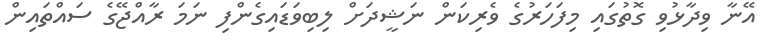
އޭނާ ވިދާޅުވި ގޮތުގައި މިފަހަރުގެ ވެރިކަން ނަޝީދަށް ލިބިވަޑައިގެންފި ނަމަ ރާއްޖޭގެ ސައްތައިން